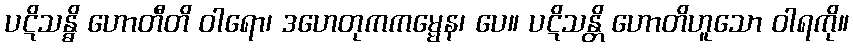
ပဋိသန္ဓိ ဟောတီတိ ဝါရော၊ ဒဟေတုကကမ္မေန၊ ပေ။ ပဋိသန္တိ ဟောတိဟူသော ဝါရကို။